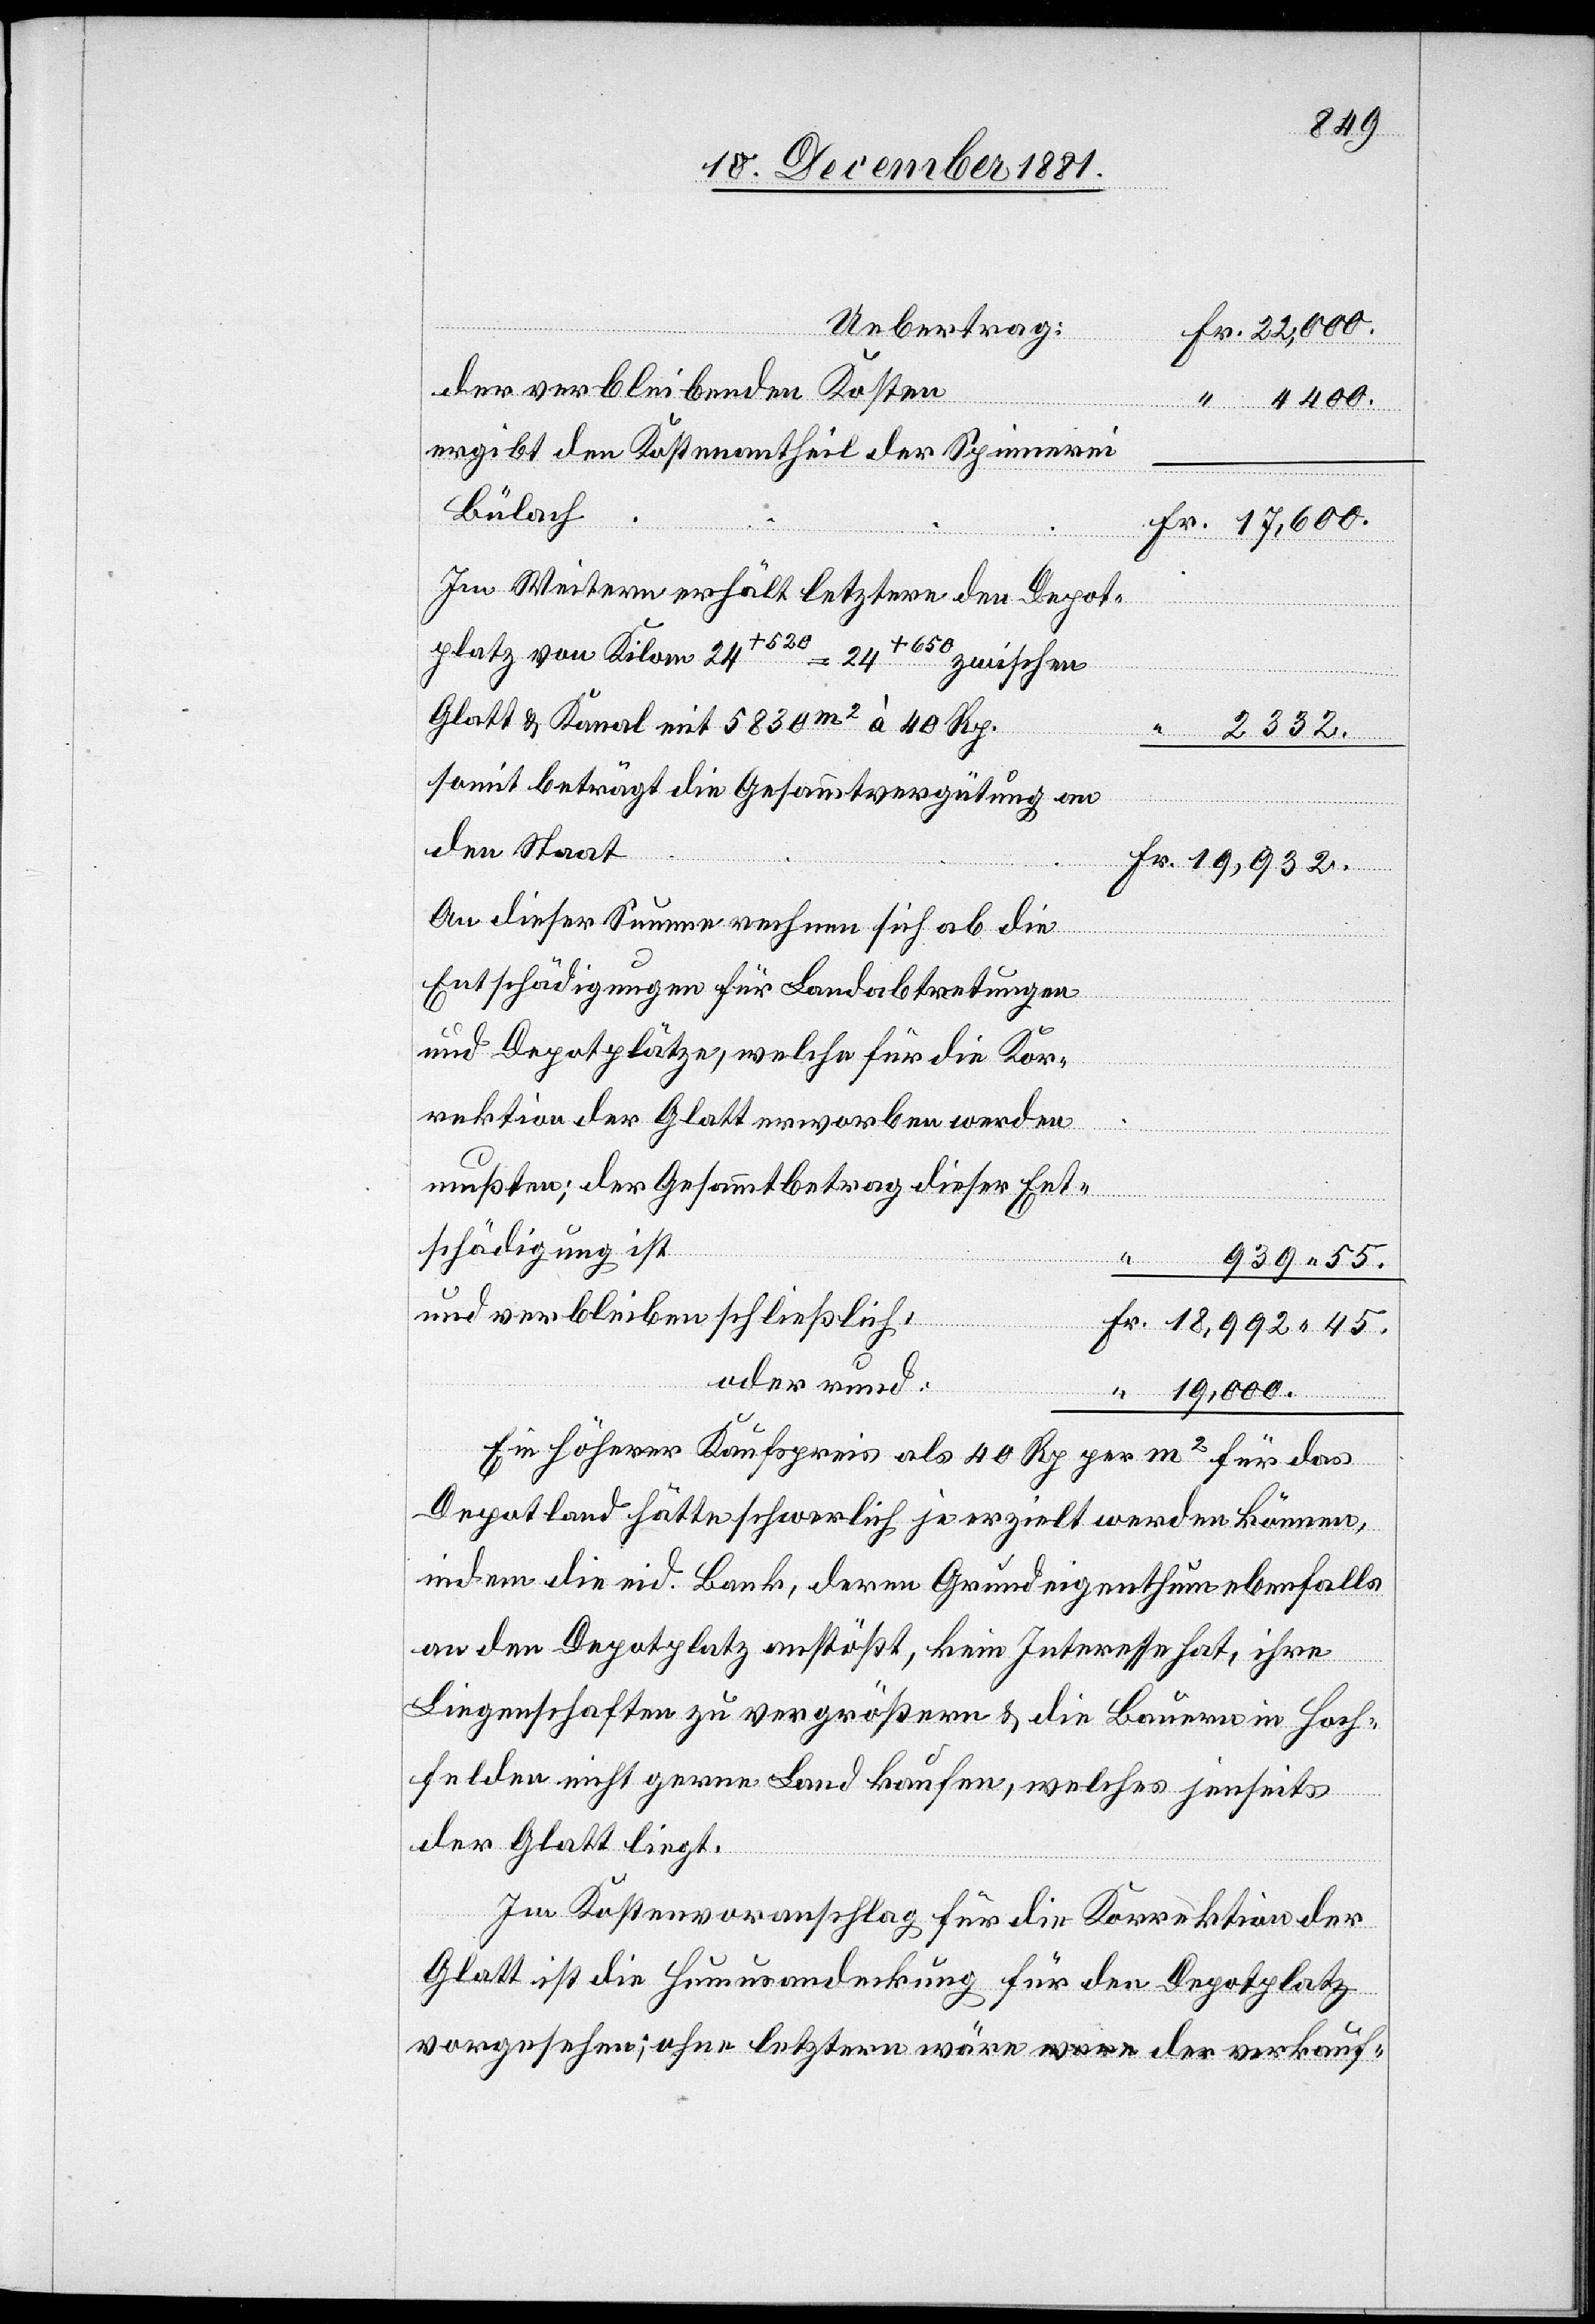
Uebertrag:
der verbleibenden Kosten
ergibt den Kostenantheil der Spinnerei
Bülach
Im Weitern erhält letztere den Depot¬
platz von Kilom 24+520 = 24+650 zwischen
Glatt & Kanal mit 5830 m2 à 40 Rp.
332.
somit beträgt die Gesammtvergütung an
den Staat
An dieser Summe rechnen sich ab die
Entschädigungen für Landabtretungen
und Depotplätze, welche für die Kor¬
rektion der Glatt erworben werden
Fr.
mußten; der Gesammtbetrag dieser Ent¬
schädigung ist
939 55.
und verbleiben schließlich:
oder rund:
Ein höherer Kaufspreis als 40 Rp per m2 für das
Depotland hätte schwerlich je erzielt werden können,
indem die eid. Bank, deren Grundeigenthum ebenfalls
an den Depotplatz anstößt, kein Interesse hat, ihre
Liegenschaften zu vergrößern & die Bauern in Hoch¬
felden nicht gerne Land kaufen, welches jenseits
der Glatt liegt.
Im Kostenvoranschlag für die Korrektion der
Glatt ist die Humusandeckung für den Depotplatz
vorgesehen; ohne letztere wäre der verkauf-